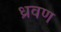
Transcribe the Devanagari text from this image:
ध्रवण